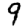
Digit: 9